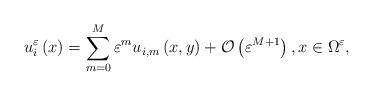
LaTeX: \begin{align*}u_{i}^{\varepsilon}\left(x\right)=\sum_{m=0}^{M}\varepsilon^{m}u_{i,m}\left(x,y\right)+\mathcal{O}\left(\varepsilon^{M+1}\right),x\in\Omega^{\varepsilon},\end{align*}